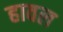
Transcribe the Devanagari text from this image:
हावल